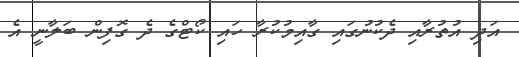
އަދި އުތުރާއި ދެކުނުގައި ގާއިމުކުރާ ހައި ކޯޓްގެ ދެ ގޮފިން ބަލާނީ އެ